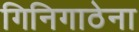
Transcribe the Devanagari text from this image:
गिनिगाठेना